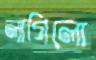
লাগিলো